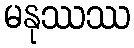
မနုဿဿ